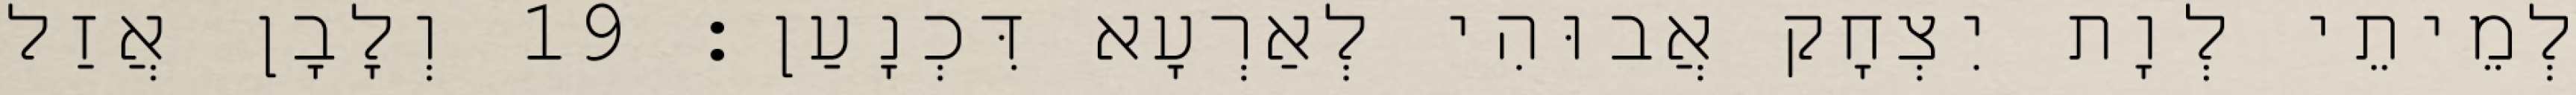
לְמֵיתֵי לְוָת יִצְחָק אֲבוּהִי לְאַרְעָא דִּכְנָעַן׃ 19 וְלָבָן אֲזַל